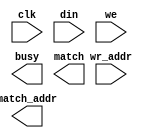
module cam_v6_1(
	clk,
	din,
	we,
	wr_addr,
	busy,
	match,
	match_addr);


input clk;
input [95 : 0] din;
input we;
input [5 : 0] wr_addr;
output busy;
output match;
output [5 : 0] match_addr;

// synthesis translate_off

      CAM_V6_1_SIM #(
		.c_addr_type(0),
		.c_cmp_data_mask_width(96),
		.c_cmp_din_width(96),
		.c_data_mask_width(96),
		.c_depth(64),
		.c_din_width(96),
		.c_has_cmp_data_mask(0),
		.c_has_cmp_din(0),
		.c_has_data_mask(0),
		.c_has_en(0),
		.c_has_multiple_match(0),
		.c_has_read_warning(0),
		.c_has_single_match(0),
		.c_has_we(1),
		.c_has_wr_addr(1),
		.c_match_addr_width(6),
		.c_match_resolution_type(0),
		.c_mem_init(0),
		.c_mem_init_file("no_coe_file_loaded"),
		.c_mem_type(1),
		.c_read_cycles(1),
		.c_reg_outputs(0),
		.c_ternary_mode(0),
		.c_width(96),
		.c_wr_addr_width(6))
	inst (
		.CLK(clk),
		.DIN(din),
		.WE(we),
		.WR_ADDR(wr_addr),
		.BUSY(busy),
		.MATCH(match),
		.MATCH_ADDR(match_addr),
		.CMP_DATA_MASK(),
		.CMP_DIN(),
		.DATA_MASK(),
		.EN(),
		.MULTIPLE_MATCH(),
		.READ_WARNING(),
		.SINGLE_MATCH());


// synthesis translate_on

endmodule